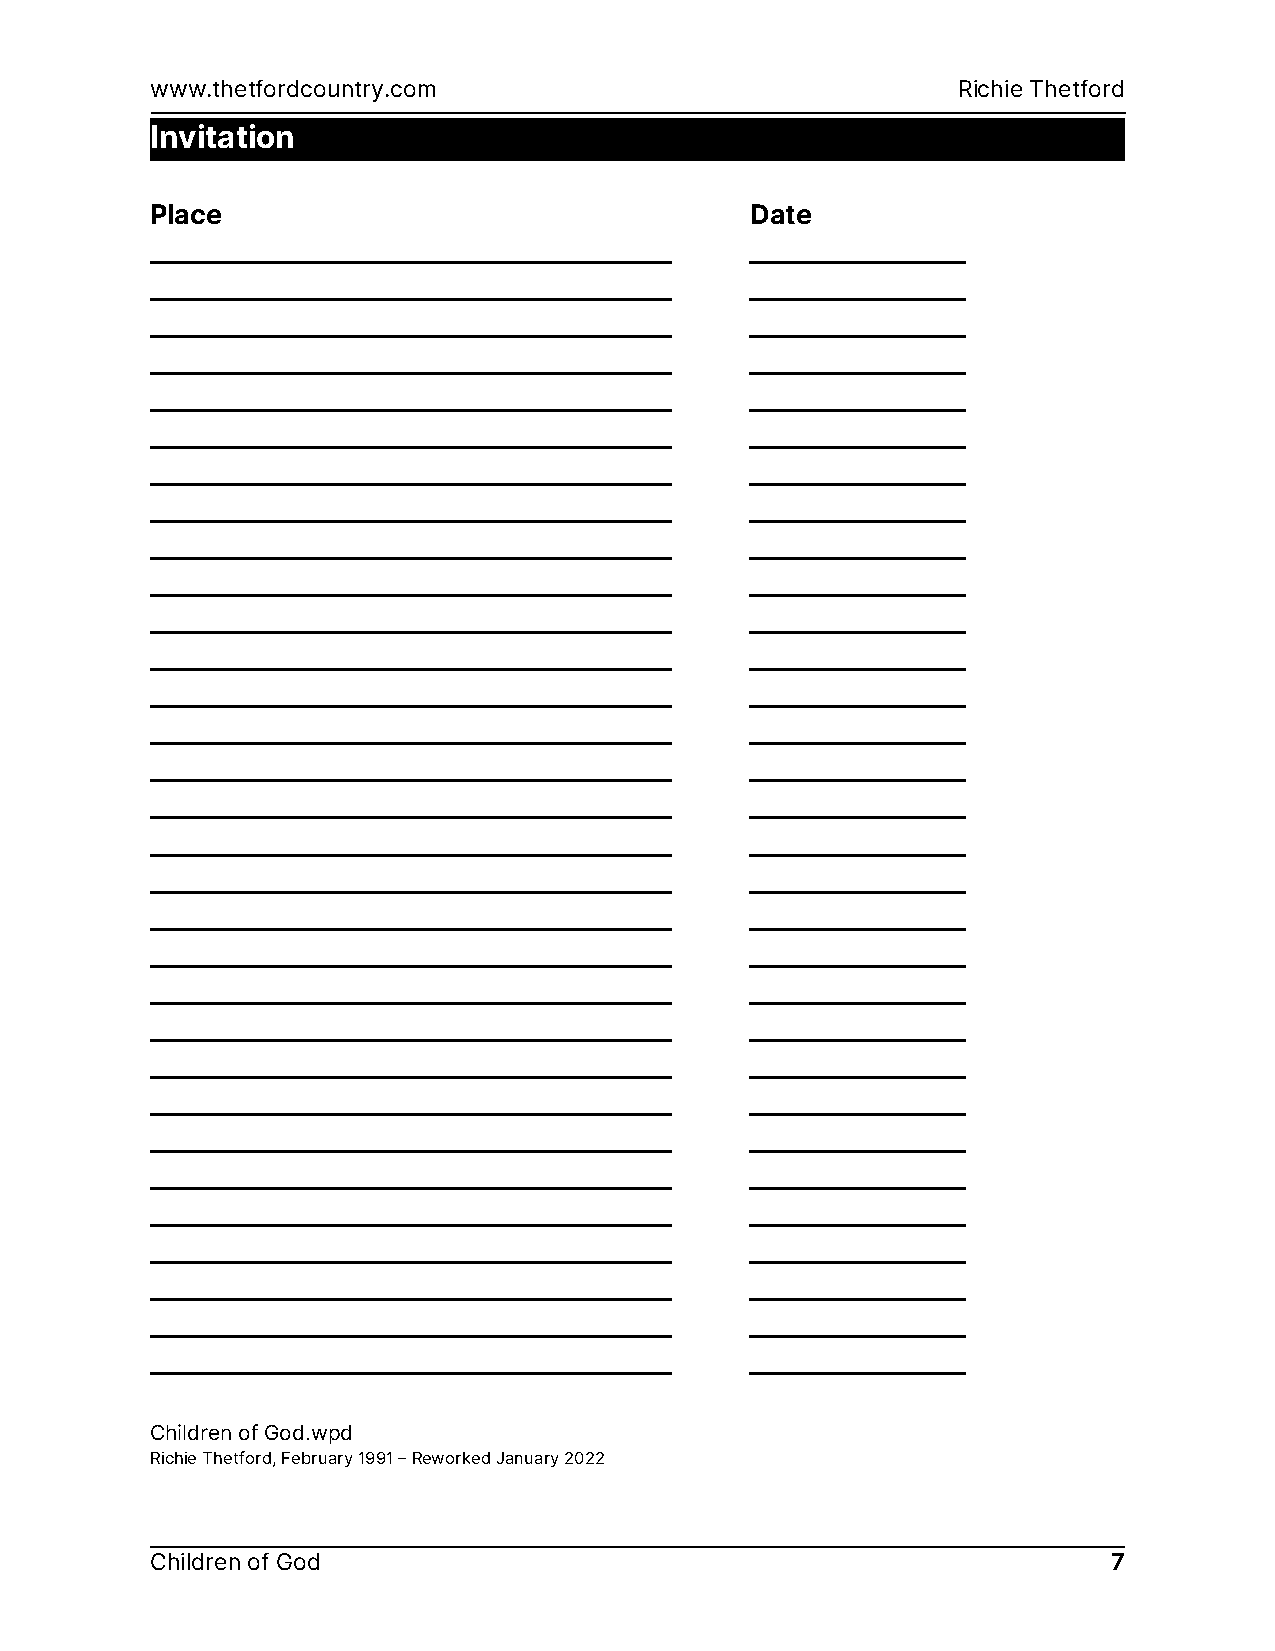
www.thetfordcountry.com                              Richie Thetford
 Invitation
 Place                                   Date
 _________________________________________ _________________
 _________________________________________ _________________
 _________________________________________ _________________
 _________________________________________ _________________
 _________________________________________ _________________
 _________________________________________ _________________
 _________________________________________ _________________
 _________________________________________ _________________
 _________________________________________ _________________
 _________________________________________ _________________
 _________________________________________ _________________
 _________________________________________ _________________
 _________________________________________ _________________
 _________________________________________ _________________
 _________________________________________ _________________
 _________________________________________ _________________
 _________________________________________ _________________
 _________________________________________ _________________
 _________________________________________ _________________
 _________________________________________ _________________
 _________________________________________ _________________
 _________________________________________ _________________
 _________________________________________ _________________
 _________________________________________ _________________
 _________________________________________ _________________
 _________________________________________ _________________
 _________________________________________ _________________
 _________________________________________ _________________
 _________________________________________ _________________
 _________________________________________ _________________
 _________________________________________ _________________
 Children of God.wpd
 Richie Thetford, February 1991 – Reworked January 2022
 Children of God                                                 7